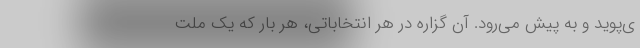
ی‌پوید و به پیش می‌رود. آن گزاره در هر انتخاباتی، هر بار که یک ملت